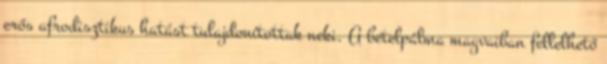
erős afrodisztikus hatást tulajdonítottak neki. A betelpálma magvaiban fellelhető